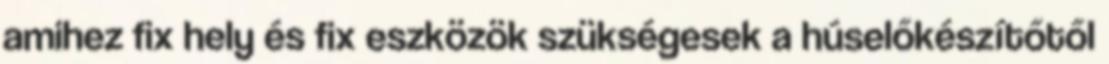
amihez fix hely és fix eszközök szükségesek a húselőkészítőtől